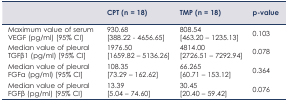
|  | CPT (n = 18) | TMP (n = 18) | p-value |
 | --- | --- | --- | --- |
 | Maximum value of serum VEGF (pg/ml) [95% CI] | 930.68 [388.22 - 4656.65] | 808.54[463.20 – 1235.13] | 0.103 |
 | Median value of pleural TGFβ1 (pg/ml) [95% CI] | 1976.50 [1659.82 – 5136.26] | 4814.00 [2726.51 – 7292.94] | 0.078 |
 | Median value of pleural FGFα (pg/ml) [95% CI] | 108.35 [73.29 – 162.62] | 66.265 [60.71 – 153.12] | 0.364 |
 | Median value of pleural FGFβ (pg/ml) [95% CI] | 13.39 [5.04 – 74.60] | 30.45 [20.40 – 59.42] | 0.076 |